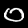
Label: 0